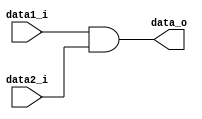
module AND
(
    data1_i,
    data2_i,
    data_o
);

input   [n-1:0]      data1_i, data2_i;
output  [n-1:0]      data_o;

parameter n = 1;

assign data_o = data1_i & data2_i;

endmodule